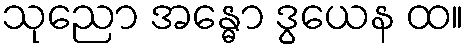
သုညော အန္ဓော ဒွယေန ထ။